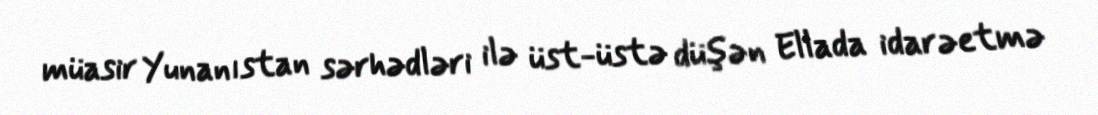
müasir Yunanıstan sərhədləri ilə üst-üstə düşən Ellada idarəetmə